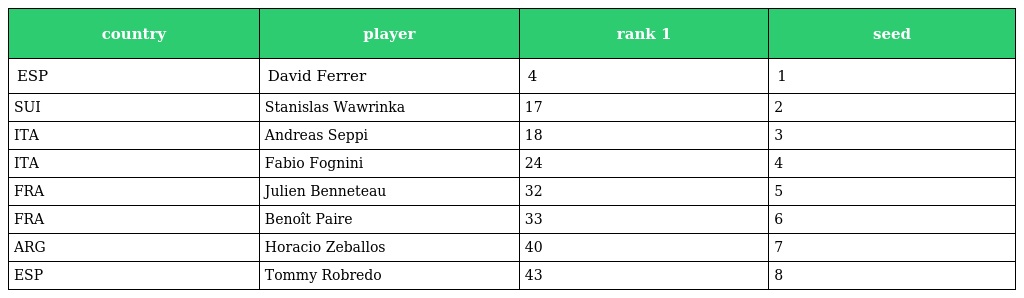
| country | player | rank 1 | seed |
 | --- | --- | --- | --- |
 | ESP | David Ferrer | 4 | 1 |
 | SUI | Stanislas Wawrinka | 17 | 2 |
 | ITA | Andreas Seppi | 18 | 3 |
 | ITA | Fabio Fognini | 24 | 4 |
 | FRA | Julien Benneteau | 32 | 5 |
 | FRA | Benoît Paire | 33 | 6 |
 | ARG | Horacio Zeballos | 40 | 7 |
 | ESP | Tommy Robredo | 43 | 8 |